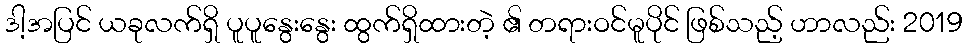
ဒါ့အပြင် ယခုလက်ရှိ ပူပူနွေးနွေး ထွက်ရှိထားတဲ့ ၏ တရားဝင်မူပိုင် ဖြစ်သည့် ဟာလည်း 2019